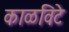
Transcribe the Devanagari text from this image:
काळविटे